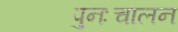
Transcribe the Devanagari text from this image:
पुनःचालन